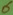
Text: 6